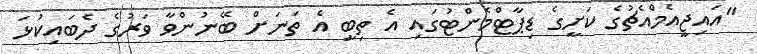
"އައިޖީއެމްއެޗުގެ ކަށީގެ ޑިޕާޓްމެންޓުގައި އެ ތިބީ އެ ތަނަށް ބޭނުންވާ ވަރުގެ ދެބައިކުޅަ